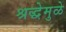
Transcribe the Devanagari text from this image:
श्रद्धेमुळे